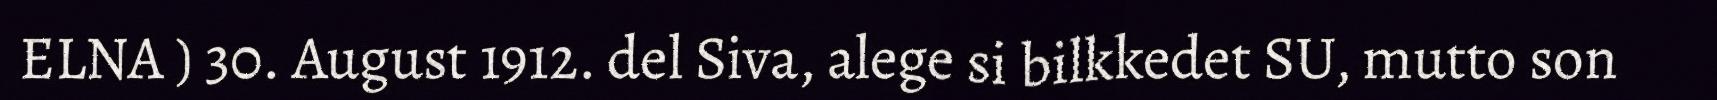
ELNA ) 30. August 1912. del Siva, alege si bilkkedet SU, mutto son